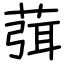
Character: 葞